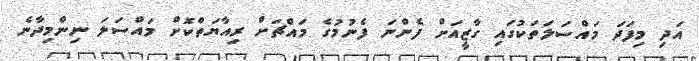
އަދި މިފަދަ މައްސަލަތަކުގައި ގާޒީއަށް ފެންނަ ފެނުމުގެ މައްޗަށް ރިއާޔަތްކޮށް މައްސަލަ ނިންމިދާނެ